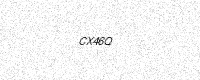
Text: CX46Q